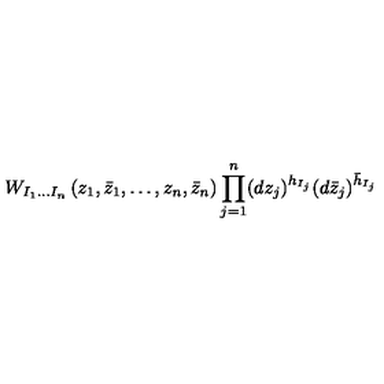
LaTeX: W _ { I _ { 1 } \ldots I _ { n } } \left( z _ { 1 } , \bar { z } _ { 1 } , \ldots , z _ { n } , \bar { z } _ { n } \right) \prod _ { j = 1 } ^ { n } ( d z _ { j } ) ^ { h _ { I _ { j } } } ( d \bar { z } _ { j } ) ^ { \bar { h } _ { I _ { j } } }